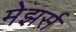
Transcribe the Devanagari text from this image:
मेझर्स